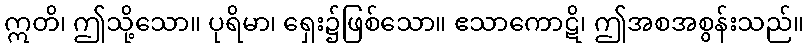
ဣတိ၊ ဤသို့သော။ ပုရိမာ၊ ရှေး၌ဖြစ်သော။ ဧသာကောဋိ၊ ဤအစအစွန်းသည်။